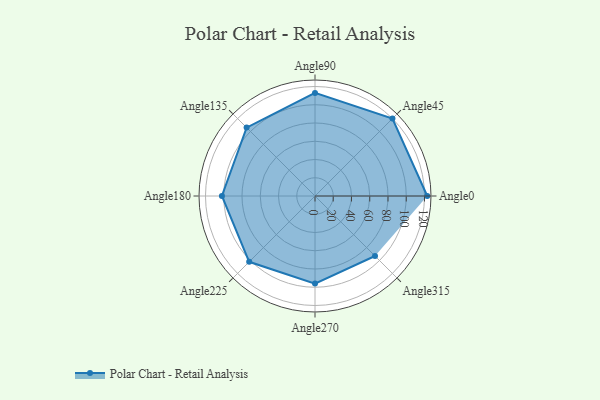
{"axis": {"x": "Angle", "y": "Radius"}, "legend": [""], "data": [{"x": "Angle0", "y": 123.0, "type": ""}, {"x": "Angle45", "y": 120.0, "type": ""}, {"x": "Angle90", "y": 113.0, "type": ""}, {"x": "Angle135", "y": 106.0, "type": ""}, {"x": "Angle180", "y": 102.0, "type": ""}, {"x": "Angle225", "y": 102.0, "type": ""}, {"x": "Angle270", "y": 96.0, "type": ""}, {"x": "Angle315", "y": 93.0, "type": ""}]}